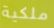
ملكية